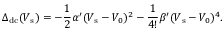
\Delta _ { \mathrm { d c } } ( V _ { \mathrm { s } } ) = - \frac { 1 } { 2 } \alpha ^ { \prime } ( V _ { \mathrm { s } } - V _ { 0 } ) ^ { 2 } - \frac { 1 } { 4 ! } \beta ^ { \prime } ( V _ { \mathrm { s } } - V _ { 0 } ) ^ { 4 } .